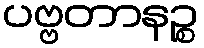
ပဗ္ဗတာနဉ္စ